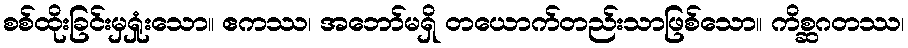
စစ်ထိုးခြင်းမှရှုံးသော။ ဧကဿ၊ အဘော်မရှိ တယောက်တည်းသာဖြစ်သော။ ကိစ္ဆဂတဿ၊